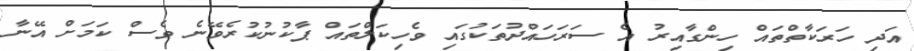
އަދި ހަރަކާތްތައް ހިންގާއިރު އެ ސަރަހައްދުތަކުގައި ވެހިކަލްތައް ޕާކުނުކުރެވޭނެ ވެސް ކަމަށް އޭނާ